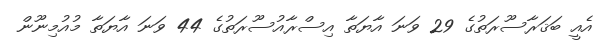
އެއީ ބަޤަރާސޫރަތުގެ 29 ވަނަ އާޔަތާ އިސްރާއުސޫރަތުގެ 44 ވަނަ އާޔަތާ މުއުމިނޫން